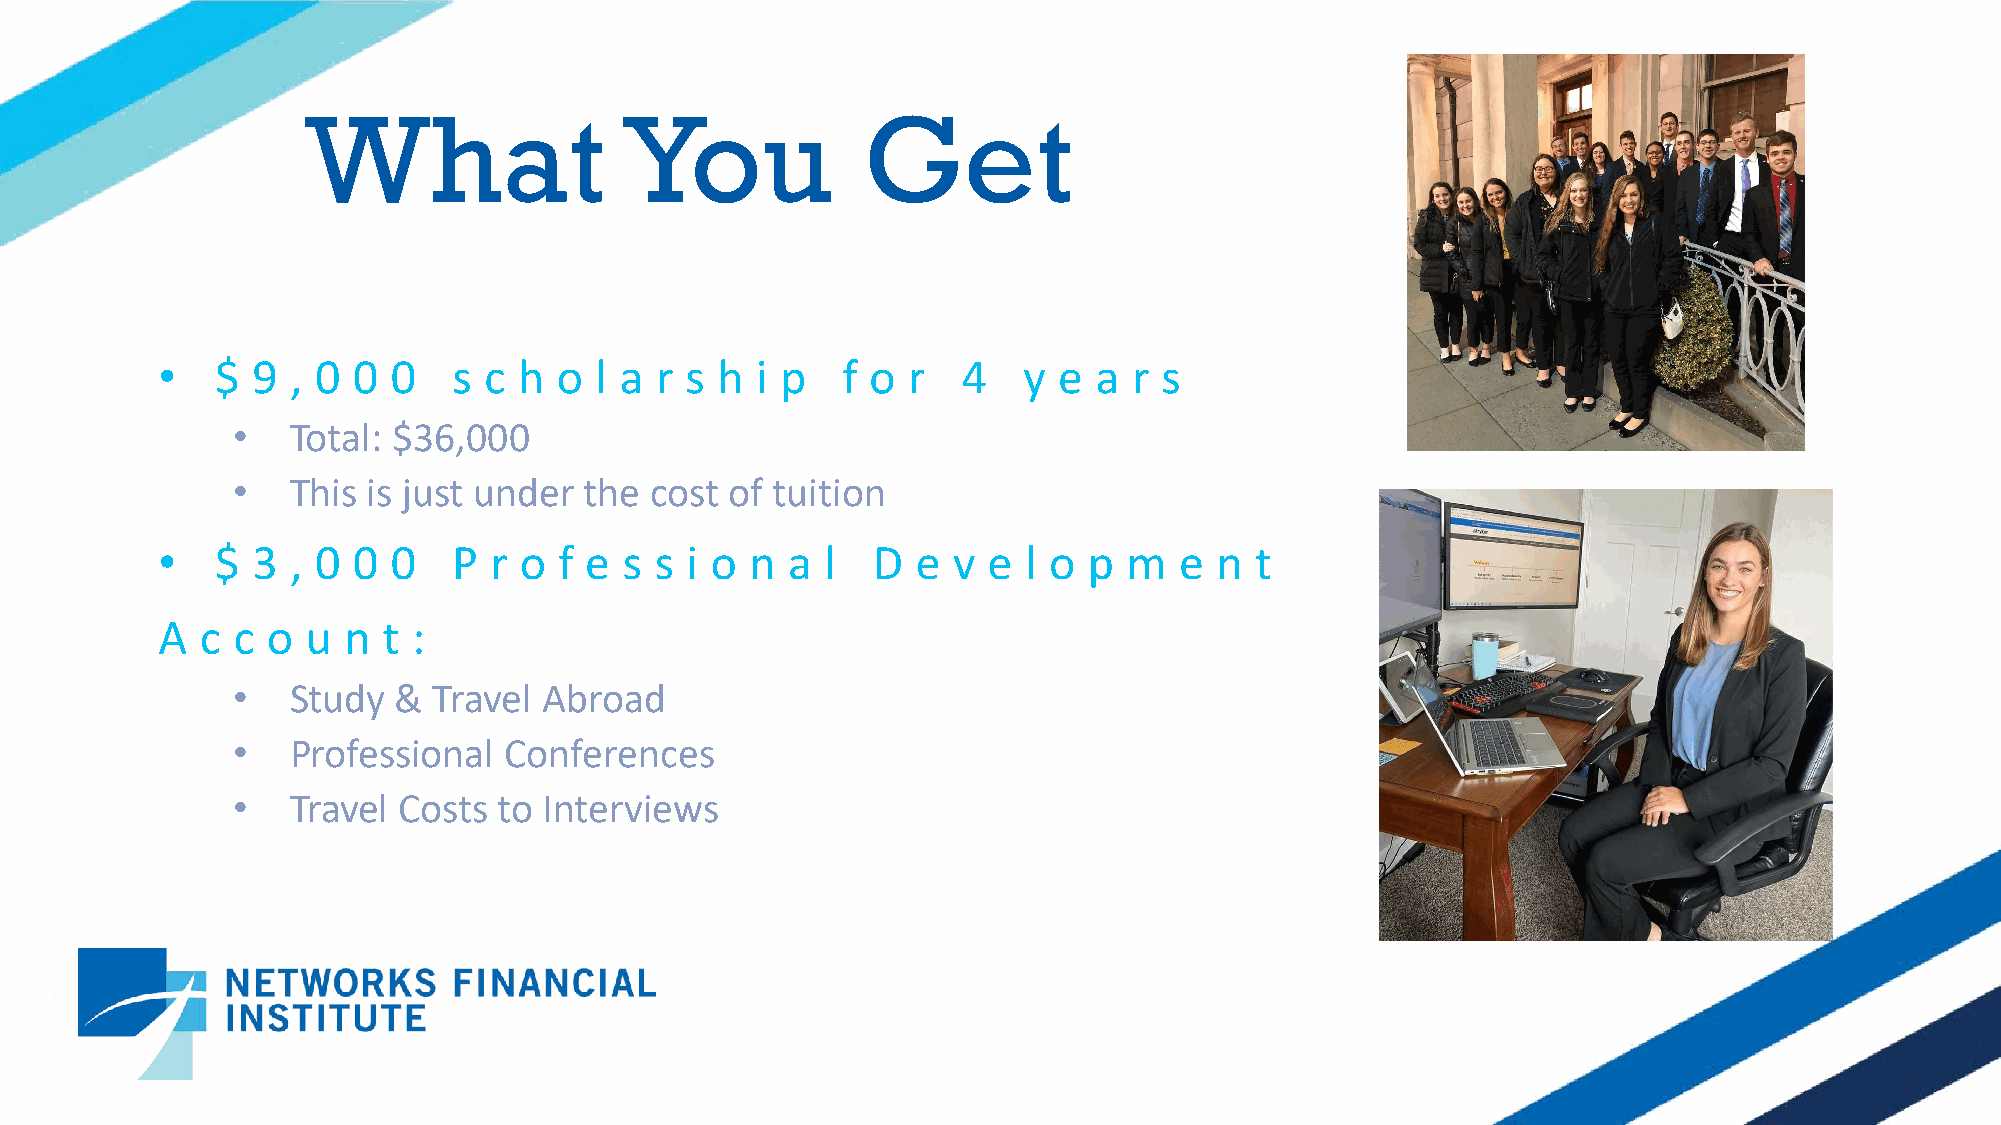
What                 You             Get
 •   $  9 , 0 0  0   s c h  o l a r s h  i p   f o r   4   y e a  r s
 •   Total: $36,000
 •   This is just under  the cost of tuition
 •   $  3 , 0 0  0   P r o  f e s s i o  n a  l  D  e v e  l o p  m  e  n t
 A  c c  o u  n t :
 •   Study  &  Travel Abroad
 •   Professional  Conferences
 •   Travel Costs  to Interviews